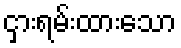
ငှားရမ်းထားသော